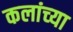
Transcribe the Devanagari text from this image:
कलांच्‍या